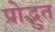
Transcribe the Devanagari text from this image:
प्रोद्भुत